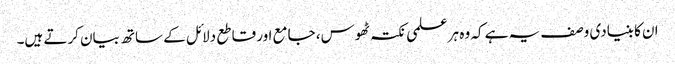
ان کا بنیادی وصف یہ ہے کہ وہ ہر علمی نکتہ ٹھوس، جامع اور قاطع دلائل کے ساتھ بیان کرتے ہیں۔